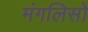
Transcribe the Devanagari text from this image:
मंगलिसो